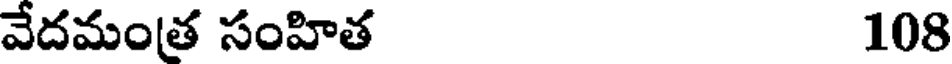
వేదమంత సంహిత 108